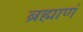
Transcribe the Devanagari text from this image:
ब्रह्माणं